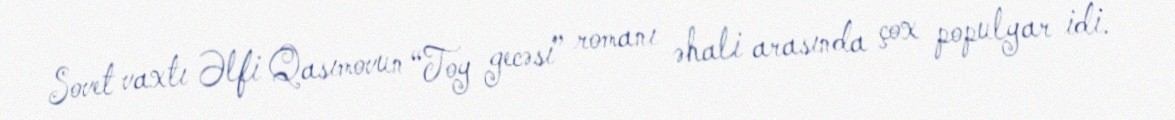
Sovet vaxtı Əlfi Qasımovun “Toy gecəsi” romanı əhali arasında çox populyar idi.